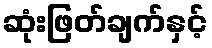
ဆုံးဖြတ်ချက်နှင့်